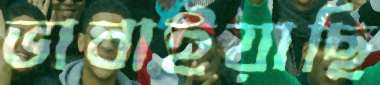
ভাবাইয়াছি